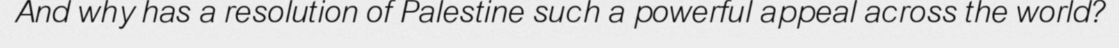
And why has a resolution of Palestine such a powerful appeal across the world?